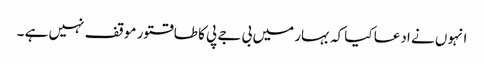
انہوں نے ادعا کیا کہ بہار میں بی جے پی کا طاقتور موقف نہیں ہے ۔